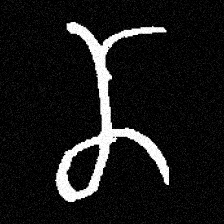
Pyu character \u2014 Myanmar letter: ဏ (romanized: nna)